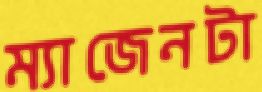
ম্যাজেনটা